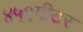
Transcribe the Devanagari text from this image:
४५९मीटर